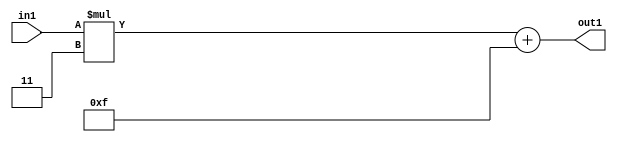
`timescale 1ps / 1ps
/*****************************************************************************
    Verilog RTL Description
    
    
    Created by: Stratus DpOpt 21.05.01 
*******************************************************************************/

module SobelFilter_Add2i15Mul2i3s6_1 (
	in1,
	out1
	); /* architecture "behavioural" */ 
input [5:0] in1;
output [5:0] out1;
wire [5:0] asc001,
	asc003;

assign asc003 = 
	+(in1 * 6'B000011);

assign asc001 = 
	+(asc003)
	+(6'B001111);

assign out1 = asc001;
endmodule

/* CADENCE  ubT0Qgk= : u9/ySxbfrwZIxEzHVQQV8Q== ** DO NOT EDIT THIS LINE ******/